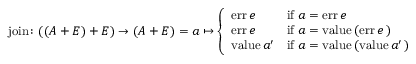
{ \mathrm { j o i n } } \colon ( ( A + E ) + E ) \to ( A + E ) = a \mapsto { \left\{ \begin{array} { l l } { { \mathrm { e r r } } \, e } & { { \mathrm { i f } } \ a = { \mathrm { e r r } } \, e } \\ { { \mathrm { e r r } } \, e } & { { \mathrm { i f } } \ a = { \mathrm { v a l u e } } \, { \mathrm { ( e r r } } \, e \, { \mathrm { ) } } } \\ { { \mathrm { v a l u e } } \, a ^ { \prime } } & { { \mathrm { i f } } \ a = { \mathrm { v a l u e } } \, { \mathrm { ( v a l u e } } \, a ^ { \prime } \, { \mathrm { ) } } } \end{array} \right. }